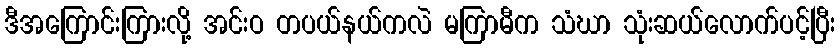
ဒီအကြောင်းကြားလို့ အင်းဝ တပယ်နယ်ကလဲ မကြာမီက သံဃာ သုံးဆယ်လောက်ပင့်ပြီး